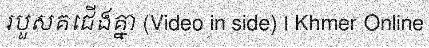
របួសគជើងគ្នា (Video in side) | Khmer Online